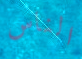
الناس